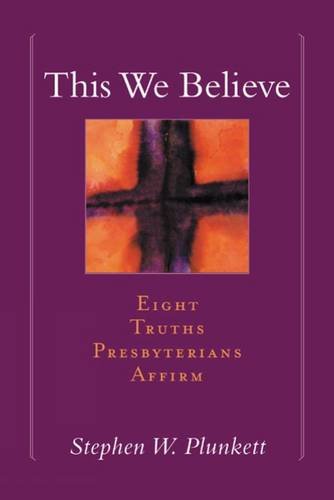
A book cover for This We Believe: Eight Truths Presbyterians Affirm; Stephen W. Plunkett; Christian Books & Bibles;